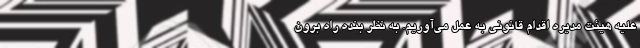
علیه هیئت مدیره اقدام قانونی به عمل می‌آوریم. به نظر بنده راه برون